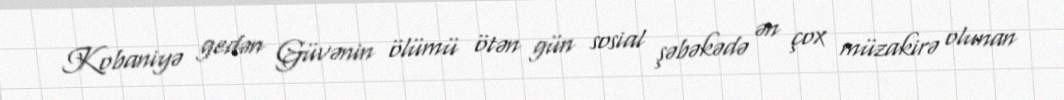
Kobaniyə gedən Güvənin ölümü ötən gün sosial şəbəkədə ən çox müzakirə olunan